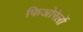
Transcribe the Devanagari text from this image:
फिओरेलों